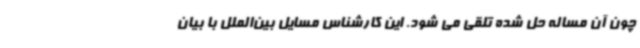
چون آن مساله حل شده تلقی می شود. این کارشناس مسایل بین‌الملل با بیان